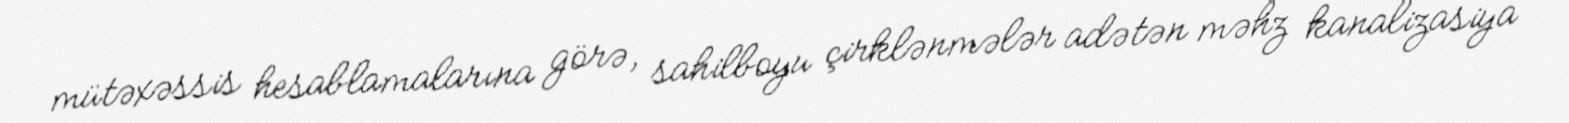
mütəxəssis hesablamalarına görə, sahilboyu çirklənmələr adətən məhz kanalizasiya